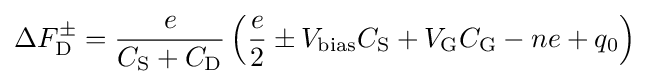
\Delta F_{\rm {D}}^{\pm }={\frac {e}{C_{\rm {S}}+C_{\rm {D}}}}\left({\frac {e}{2}}\pm V_{\rm {bias}}C_{\rm {S}}+V_{\rm {G}}C_{\rm {G}}-ne+q_{0}\right)